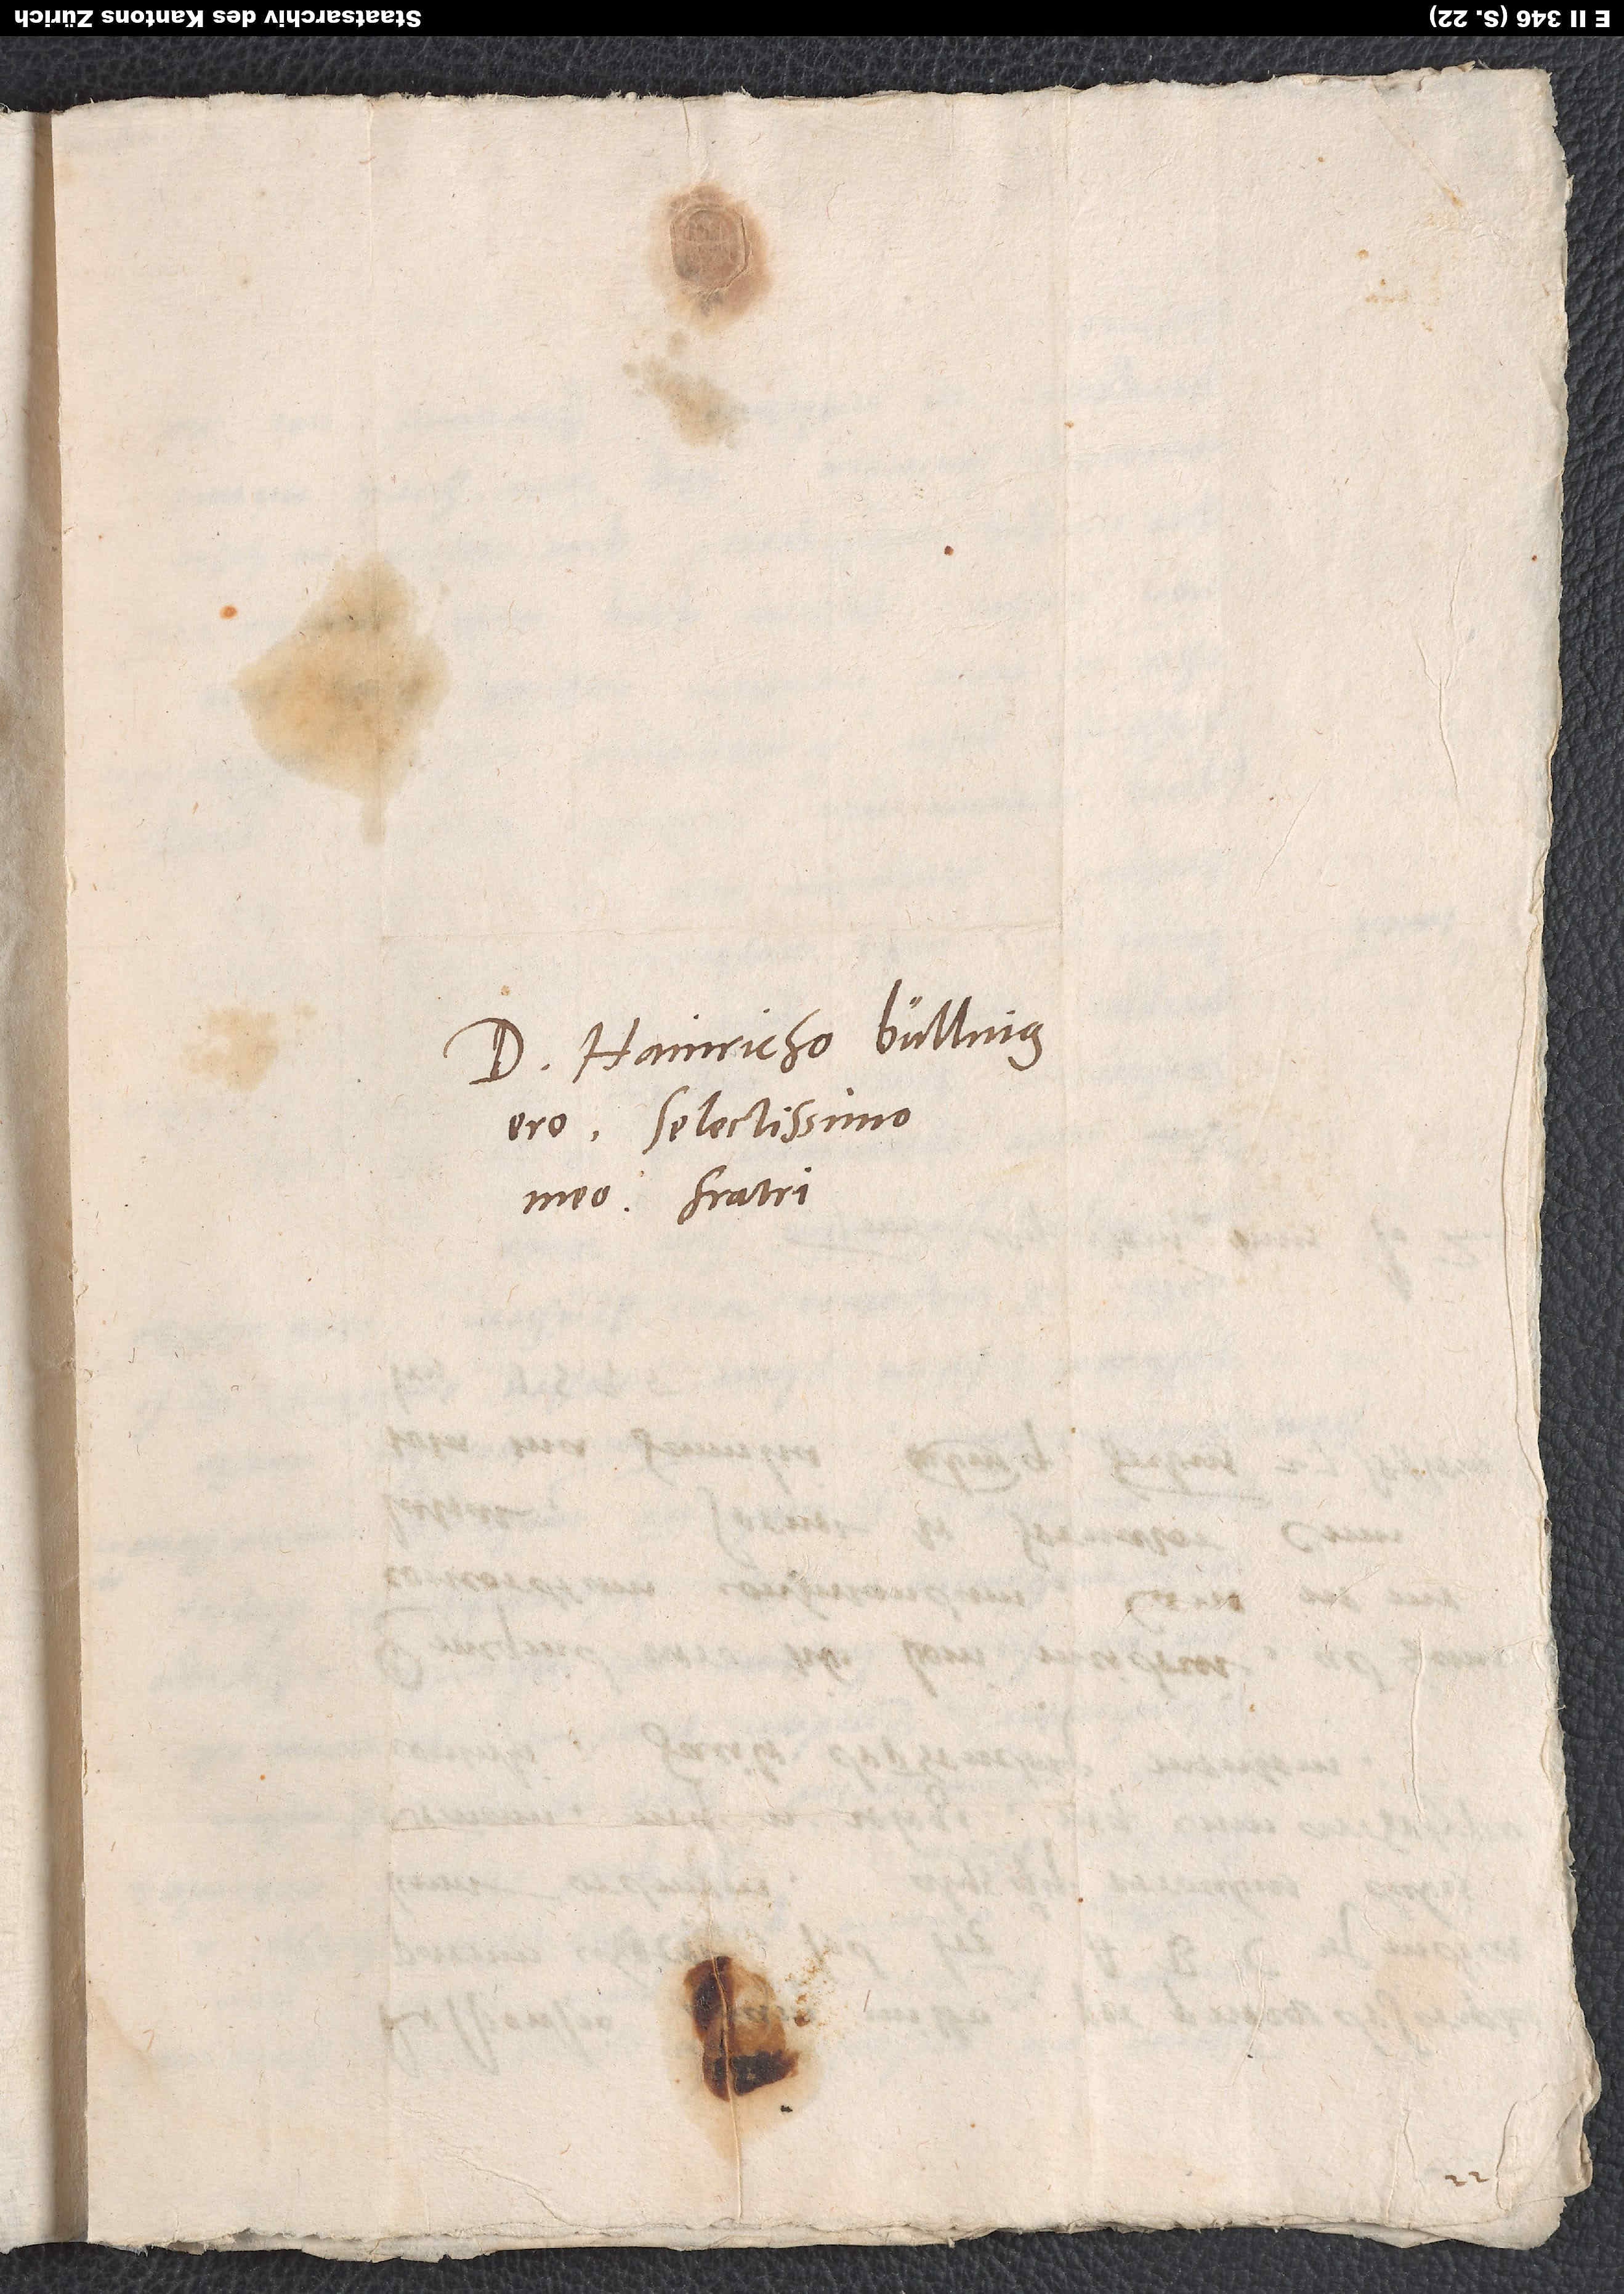
Domino Hainricho Bullingero,
selectissimo
meo fratri.